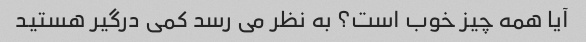
آیا همه چیز خوب است؟ به نظر می رسد کمی درگیر هستید